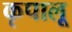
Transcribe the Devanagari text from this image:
कृपालू